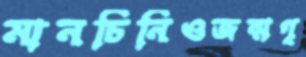
মানচিনিওজন্মগৃ